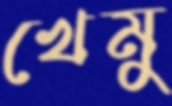
খেমু